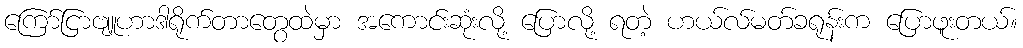
ကြော်ငြာဗျူဟာဒါရိုက်တာတွေထဲမှာ အကောင်းဆုံးလို့ ပြောလို့ ရတဲ့ ဟယ်လ်မတ်ခရုန်းက ပြောဖူးတယ်။